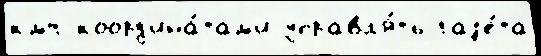
кмч коорд'ина́там'и управл'я́ть газ'е́та